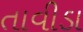
તાવીડા